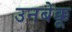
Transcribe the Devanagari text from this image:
उनबेक्कू